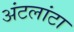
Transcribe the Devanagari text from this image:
अंटलांटा